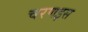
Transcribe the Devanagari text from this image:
चरणइस